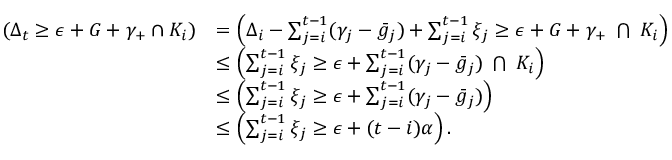
\begin{array} { r l } { \relax ( \Delta _ { t } \ge \epsilon + G + \gamma _ { + } \cap K _ { i } ) } & { = \relax \left( \Delta _ { i } - \sum _ { j = i } ^ { t - 1 } ( \gamma _ { j } - \bar { g } _ { j } ) + \sum _ { j = i } ^ { t - 1 } \xi _ { j } \ge \epsilon + G + \gamma _ { + } \; \bigcap \; K _ { i } \right) } \\ & { \le \relax \left( \sum _ { j = i } ^ { t - 1 } \xi _ { j } \ge \epsilon + \sum _ { j = i } ^ { t - 1 } ( \gamma _ { j } - \bar { g } _ { j } ) \; \bigcap \; K _ { i } \right) } \\ & { \le \relax \left( \sum _ { j = i } ^ { t - 1 } \xi _ { j } \ge \epsilon + \sum _ { j = i } ^ { t - 1 } ( \gamma _ { j } - \bar { g } _ { j } ) \right) } \\ & { \le \relax \left( \sum _ { j = i } ^ { t - 1 } \xi _ { j } \ge \epsilon + ( t - i ) \alpha \right) . } \end{array}